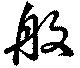
般